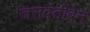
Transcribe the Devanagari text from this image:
जसवंतीबेन